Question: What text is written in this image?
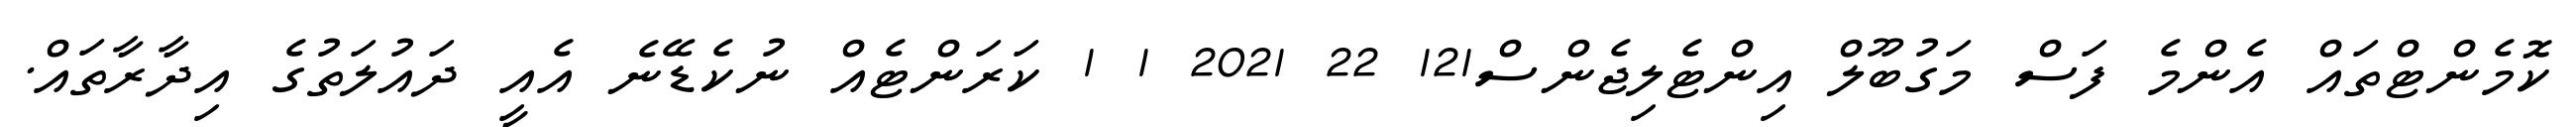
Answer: ކޮމެންޓްތައް އެންމެ ފަސް މަގުބޫލް އިންޓެލިޖެންސް121 22 2021 1 1 ކަރަންޓެއް ނުކެޑޭނެ އެއީ ދައުލަތުގެ އިދާރާތައް.